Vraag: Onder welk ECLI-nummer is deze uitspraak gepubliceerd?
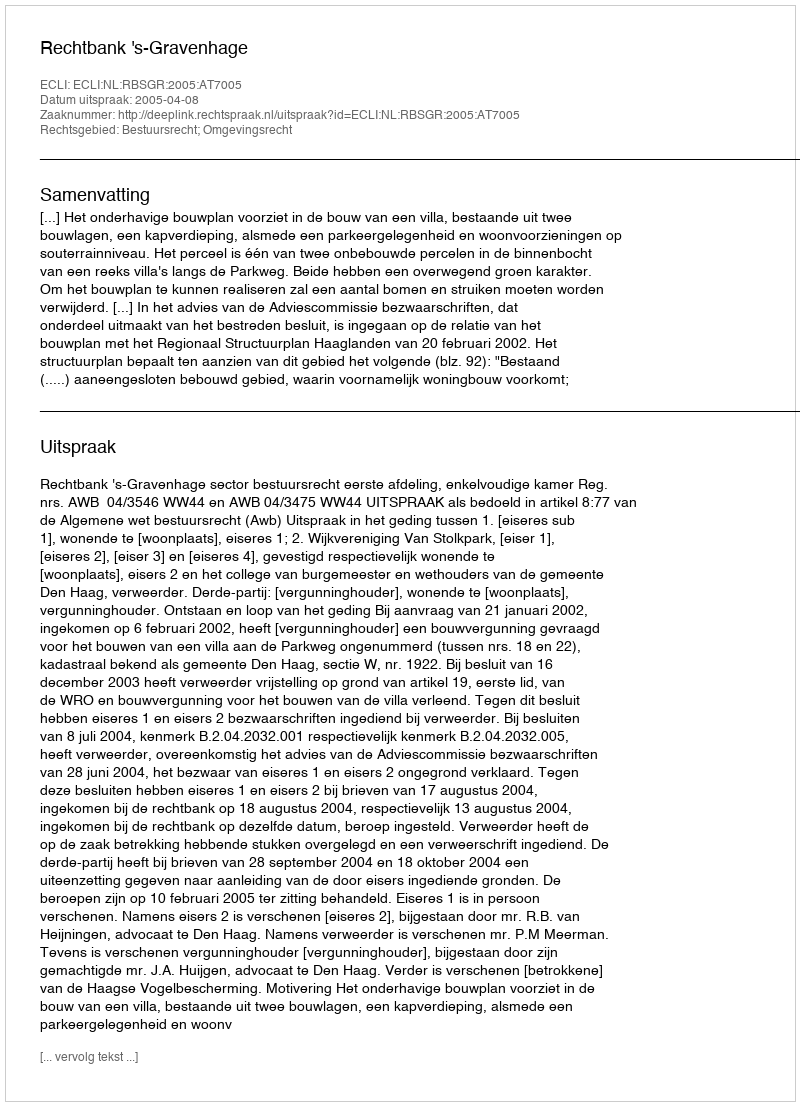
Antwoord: ECLI:NL:RBSGR:2005:AT7005